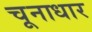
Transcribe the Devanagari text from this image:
चूनाधार